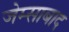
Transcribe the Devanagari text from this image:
जेम्साबाद